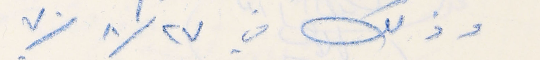
وذلك في ٢٧/ ٨/ ٧٠